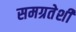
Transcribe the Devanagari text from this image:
समग्रतेशी